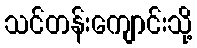
သင်တန်းကျောင်းသို့